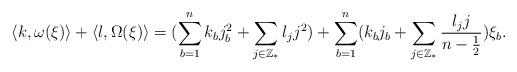
LaTeX: \begin{align*}\langle k,\omega(\xi)\rangle+\langle l,\Omega(\xi)\rangle=(\sum_{b=1}^nk_bj_b^2+\sum_{j\in\mathbb{Z}_*}l_jj^2)+\sum_{b=1}^n(k_bj_b+\sum_{j\in\mathbb{Z}_*}\frac{l_jj}{n-\frac12})\xi_b.\end{align*}